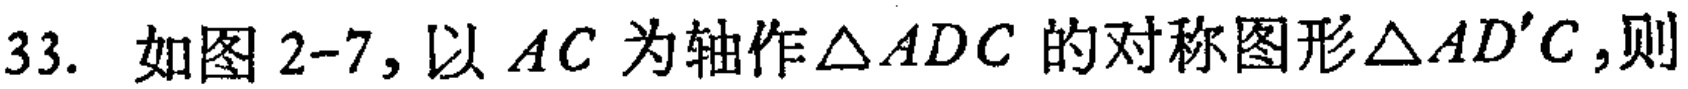
33. 如图2-7,以 \(AC\) 为轴作\(\triangle ADC\)的对称图形\(\triangle AD'C\),则